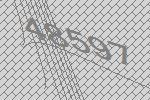
48597